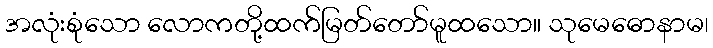
အလုံးစုံသော လောကတို့ထက်မြတ်တော်မူထသော။ သုမေဓောနာမ၊